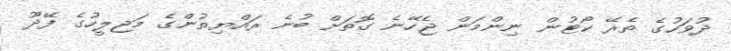
ދުވަހުގެ ތެރޭ ކޯޓުން ނިންމަން ޖެހޭނެ ގޮތަށް ބުނެ ރައްޔިތުންގެ މަޖިލީހުގެ ފޭދޫ